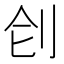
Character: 𠛛